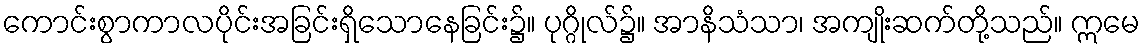
ကောင်းစွာကာလပိုင်းအခြင်းရှိသောနေခြင်း၌။ ပုဂ္ဂိုလ်၌။ အာနိသံသာ၊ အကျိုးဆက်တို့သည်။ ဣမေ